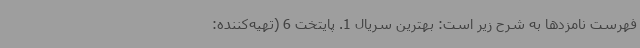
فهرست نامزدها به شرح زیر است: بهترین سریال 1. پایتخت 6 (تهیه‌کننده: